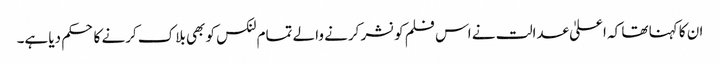
ان کا کہنا تھا کہ اعلیٰ عدالت نے اس فلم کو نشر کرنے والے تمام لنکس کو بھی بلاک کرنے کا حکم دیا ہے۔